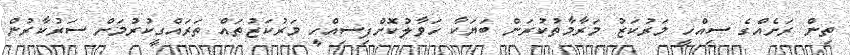
ތިން ރަށެއްގެ ސިއްހީ މަރުކަޒު މަރާމާތުކުރަން ބަޔަކާ ހަވާލުކޮށްފިސިއްހީ މަރުކަޒުތައް ތަރައްގީކުރުމަށް ސަރުކާރުން